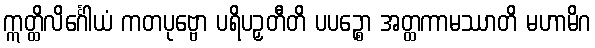
ဣတ္ထိလိင်္ဂေါယံ ကတပုဗ္ဗော ပရိပဉှတီတိ ပပဉ္စော အတ္ထကာမဿာတိ မဟာမိဂ